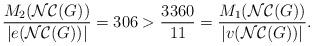
LaTeX: \begin{align*}\frac{M_{2}(\mathcal{NC}(G))}{|e(\mathcal{NC}(G))|}=306 > \frac{3360}{11}= \frac{M_{1}(\mathcal{NC}(G))}{|v(\mathcal{NC}(G))|}. \end{align*}